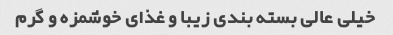
خیلی عالی بسته بندی زیبا و غذای خوشمزه و گرم